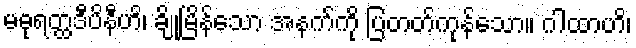
မဓုရတ္ထဒီပိနီဟိ၊ ချိုမြိန်သော အနက်ကို ပြတတ်ကုန်သော။ ဂါထာဟိ၊